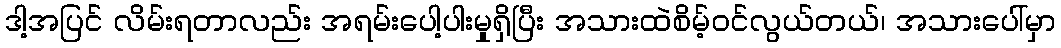
ဒါ့အပြင် လိမ်းရတာလည်း အရမ်းပေါ့ပါးမှုရှိပြီး အသားထဲစိမ့်ဝင်လွယ်တယ်၊ အသားပေါ်မှာ